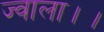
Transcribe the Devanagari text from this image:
ज्वाला।।